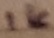
Text: 1K